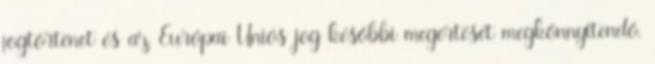
jogtörténet és az Európai Uniós jog későbbi megértését megkönnyítendő,